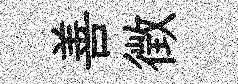
善徴